Report on vaccination in Madras 1904-1921 - 1904-1921
Year: 1904
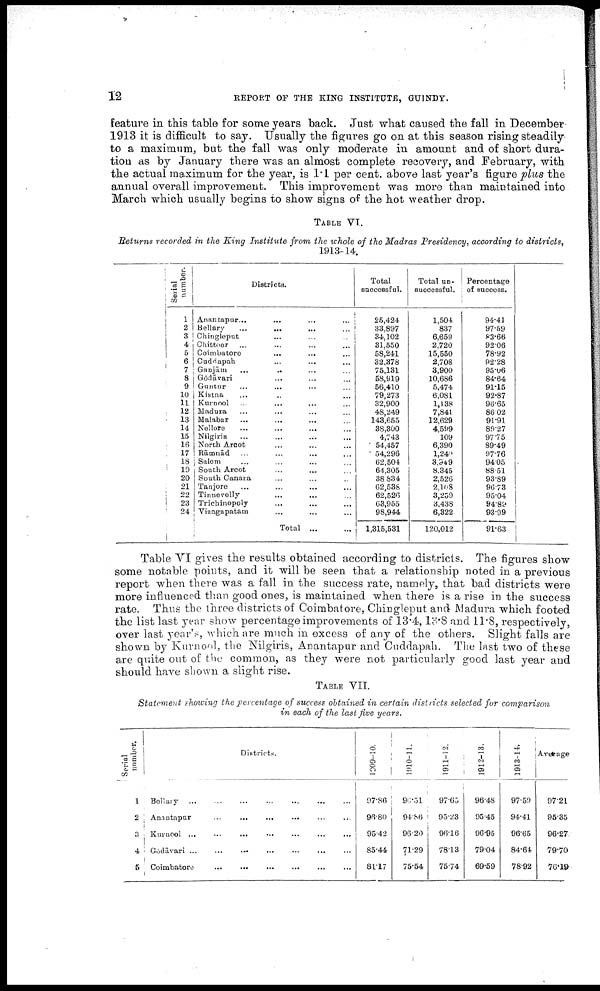
12
REPORT OF THE KING INSTITUTE, GUINDY.
feature in this table for some years back. Just what caused the fall in December
1913 it is difficult to say. Usually the figures go on at this season rising steadily
to a maximum, but the fall was only moderate in amount and of short dura
tion as by January there was an almost complete recovery, and February, with
the actual maximum for the year, is 1.1 per cent. above last year's figure plus the
annual overall improvement. This improvement was more than maintained into
March which usually begins to show signs of the hot weather drop.
TABLE VI.
Returns recorded in the King Institute from the whole of the Madras Presidency, according to districts,
1913-14.
Serial
number.
1
2
3
4
5
6
7
8
9
10
11
12
13
14
15
16
17
18
19
20
21
22
23
24
Districts.
Anantapur... ... ... ...
Bellary
...
... ... ...
Chingleput ... ... ...
Chittoor ... ... ...
Coimbatoro
...
... ...
Cuddapah ... ... ...
Gaujām
... ... ... ...
Gōdāvari
... ... ...
Guntur
...
... ... ...
Kistna ... ... ... ...
Kurnool ...
... ... ...
Madura
...
...
... ...
Malabar
...
...
... ...
Nellore ... ... ... ...
Nilgiris ... ... ... ...
North Arcot ... ... ...
Rāmnād ... ... ... ...
Salem ... ... ... ...
South Arcot ... ... ...
South Canara ... ... ...
Tanjore ... ... ... ...
Tinnevelly ... ... ...
Trichinopoly ... ... ...
Vizagapatam ... ... ...
Total ... ...
Total
successful.
25,424
33,897
34,102
31,550
58,241
32,378
75,131
58,919
56,410
79,273
32,900
48,249
143,655
38,300
4,743
54,457
54,296
62,504
64,305
38,834
62,538
62,526
63,955
98,944
1,315,531
Total un
successful.
1,504
837
6,659
2,720
15,550
2,708
3,900
10,686
5,474
6,081
1,138
7,841
12,629
4,599
109
6,390
1,249
3,949
8,345
2,526
2,108
3,259
3,438
6,322
120,012
Percentage
of success.
94.41
97.59
83.66
92.06
78.92
92.28
95.06
84.64
91.15
92.87
96.65
86.02
91.91
89.27
97.75
89.49
97.76
94.05
88.51
93.89
96.73
95.04
94.85
93.99
91.63
Table VI gives the results obtained according to districts. The figures show
some notable points, and it will be seen that a relationship noted in a previous
report when there was a fall in the success rate, namely, that bad districts were
more influenced than good ones, is maintained when there is a rise in the success
rate. Thus the three districts of Coimbatore, Chingleput and Madura which footed
the list last year show percentage improvements of 13.4, 13.8 and 11.8, respectively,
over last year's, which are much in excess of any of the others. Slight falls are
shown by Kurnool, the Nilgiris, Anantapur and Cuddapah. The last two of these
are quite out of the common, as they were not particularly good last year and
should have shown a slight rise.
TABLE VII.
Statement showing the percentage of success obtained in certain districts selected for comparison
in each of the last five years.
Serial
number.
1
2
3
4
5
Districts.
Bellary
...
...
...
...
...
...
...
Anantapur ... ... ... ... ... ...
Kurnool
...
...
...
...
...
...
...
Gōdāvari
...
...
...
...
...
...
...
Coimbatore
...
...
...
...
...
...
1909-10.
97.86
96.80
95.42
85.44
81.17
1910-11.
96.51
94.86
96.20
71.29
75.54
1911-12.
97.65
95.23
96.16
78.13
75.74
1912-13.
96.48
95.45
96.95
79.04
69.59
1913-14.
97.59
94.41
96.65
84.64
78.92
Average
97.21
95.35
96.27
79.70
76.19